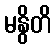
မနွိတိ